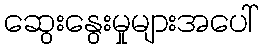
ဆွေးနွေးမှုများအပေါ်